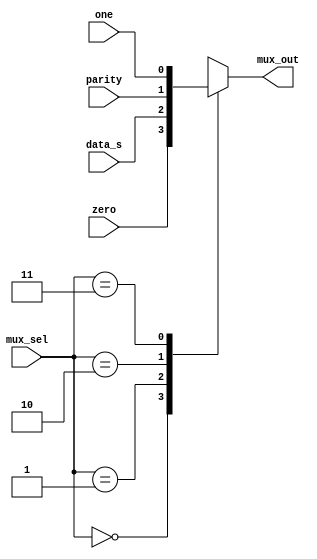
module TX_mux(one,zero,parity,data_s,mux_sel,mux_out);
    input one,zero,parity,data_s;
    input [1:0] mux_sel;
    output reg mux_out;

    always @(*) begin 
    	  case(mux_sel)
    		  2'b00 : mux_out = zero;
    		  2'b01 : mux_out = data_s;
    		  2'b10 : mux_out = parity;
    		  2'b11 : mux_out = one;
    	  endcase
    end
endmodule